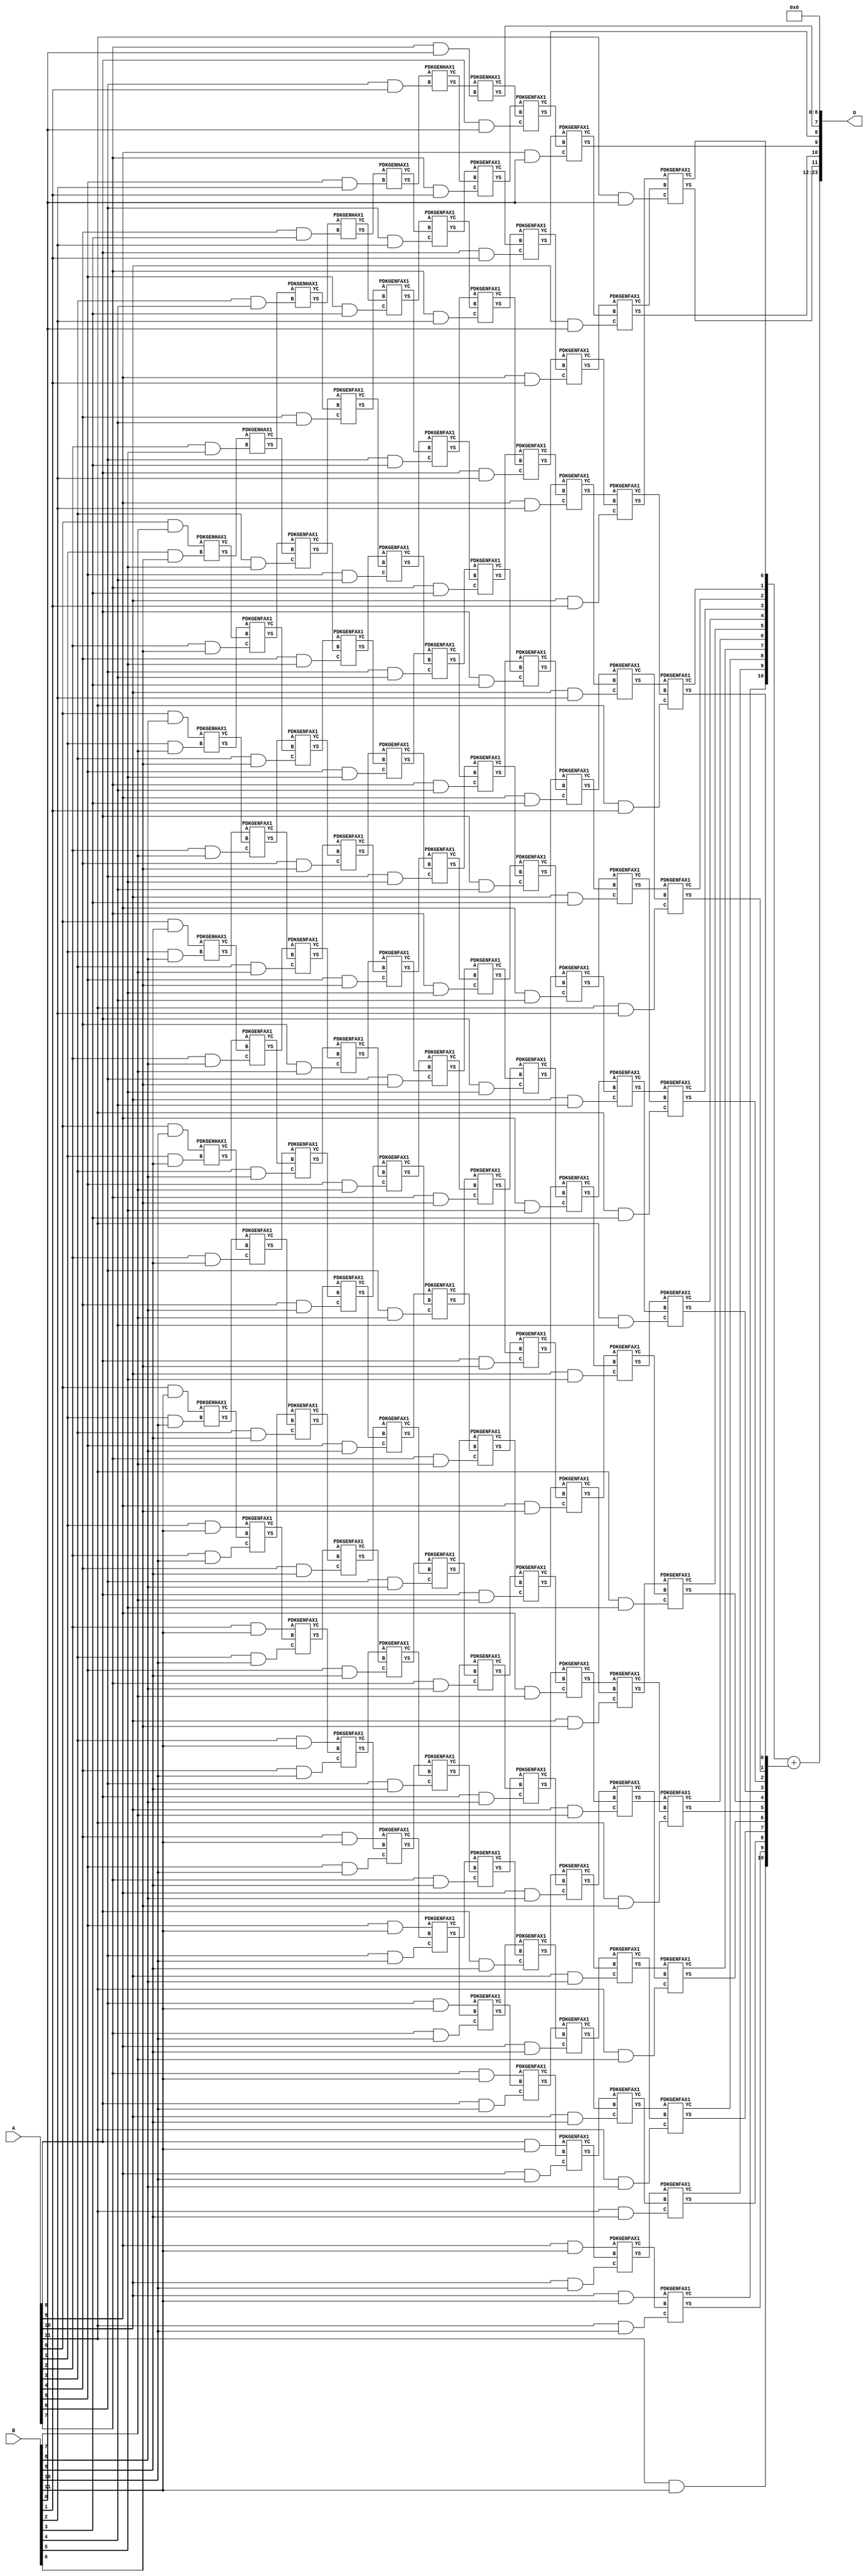
/***
* This code is a part of EvoApproxLib library (ehw.fit.vutbr.cz/approxlib) distributed under The MIT License.
* When used, please cite the following article(s): PRABAKARAN B. S., MRAZEK V., VASICEK Z., SEKANINA L., SHAFIQUE M. ApproxFPGAs: Embracing ASIC-based Approximate Arithmetic Components for FPGA-Based Systems. DAC 2020. 
***/
// MAE% = 0.0011 %
// MAE = 192 
// WCE% = 0.0046 %
// WCE = 769 
// WCRE% = 100.00 %
// EP% = 96.48 %
// MRE% = 0.057 %
// MSE = 50190 
// FPGA_POWER = 2.9
// FPGA_DELAY = 14
// FPGA_LUT = 154


module mul12u_2VU ( A, B, O );
  input [11:0] A;
  input [11:0] B;
  output [23:0] O;

  wire C_10_0,C_10_1,C_10_10,C_10_2,C_10_3,C_10_4,C_10_5,C_10_6,C_10_7,C_10_8,C_10_9,C_11_0,C_11_1,C_11_10,C_11_2,C_11_3,C_11_4,C_11_5,C_11_6,C_11_7,C_11_8,C_11_9,C_1_10,C_1_6,C_1_7,C_1_8,C_1_9,C_2_10,C_2_5,C_2_6,C_2_7,C_2_8,C_2_9,C_3_10,C_3_4,C_3_5,C_3_6,C_3_7,C_3_8,C_3_9,C_4_10,C_4_3,C_4_4,C_4_5,C_4_6,C_4_7,C_4_8,C_4_9,C_5_10,C_5_2,C_5_3,C_5_4,C_5_5,C_5_6,C_5_7,C_5_8,C_5_9,C_6_1,C_6_10,C_6_2,C_6_3,C_6_4,C_6_5,C_6_6,C_6_7,C_6_8,C_6_9,C_7_0,C_7_1,C_7_10,C_7_2,C_7_3,C_7_4,C_7_5,C_7_6,C_7_7,C_7_8,C_7_9,C_8_0,C_8_1,C_8_10,C_8_2,C_8_3,C_8_4,C_8_5,C_8_6,C_8_7,C_8_8,C_8_9,C_9_0,C_9_1,C_9_10,C_9_2,C_9_3,C_9_4,C_9_5,C_9_6,C_9_7,C_9_8,C_9_9,S_0_10,S_0_11,S_0_7,S_0_8,S_0_9,S_10_0,S_10_1,S_10_10,S_10_11,S_10_2,S_10_3,S_10_4,S_10_5,S_10_6,S_10_7,S_10_8,S_10_9,S_11_0,S_11_1,S_11_10,S_11_11,S_11_2,S_11_3,S_11_4,S_11_5,S_11_6,S_11_7,S_11_8,S_11_9,S_12_0,S_12_1,S_12_10,S_12_11,S_12_2,S_12_3,S_12_4,S_12_5,S_12_6,S_12_7,S_12_8,S_12_9,S_1_10,S_1_11,S_1_6,S_1_7,S_1_8,S_1_9,S_2_10,S_2_11,S_2_5,S_2_6,S_2_7,S_2_8,S_2_9,S_3_10,S_3_11,S_3_4,S_3_5,S_3_6,S_3_7,S_3_8,S_3_9,S_4_10,S_4_11,S_4_3,S_4_4,S_4_5,S_4_6,S_4_7,S_4_8,S_4_9,S_5_10,S_5_11,S_5_2,S_5_3,S_5_4,S_5_5,S_5_6,S_5_7,S_5_8,S_5_9,S_6_1,S_6_10,S_6_11,S_6_2,S_6_3,S_6_4,S_6_5,S_6_6,S_6_7,S_6_8,S_6_9,S_7_0,S_7_1,S_7_10,S_7_11,S_7_2,S_7_3,S_7_4,S_7_5,S_7_6,S_7_7,S_7_8,S_7_9,S_8_0,S_8_1,S_8_10,S_8_11,S_8_2,S_8_3,S_8_4,S_8_5,S_8_6,S_8_7,S_8_8,S_8_9,S_9_0,S_9_1,S_9_10,S_9_11,S_9_2,S_9_3,S_9_4,S_9_5,S_9_6,S_9_7,S_9_8,S_9_9;

  assign S_0_7 = (A[0] & B[7]);
  assign S_0_8 = (A[0] & B[8]);
  assign S_0_9 = (A[0] & B[9]);
  assign S_0_10 = (A[0] & B[10]);
  assign S_0_11 = (A[0] & B[11]);
  PDKGENHAX1 U282739 (.A(S_0_7), .B((A[1] & B[6])), .YS(S_1_6), .YC(C_1_6));
  PDKGENHAX1 U282740 (.A(S_0_8), .B((A[1] & B[7])), .YS(S_1_7), .YC(C_1_7));
  PDKGENHAX1 U282741 (.A(S_0_9), .B((A[1] & B[8])), .YS(S_1_8), .YC(C_1_8));
  PDKGENHAX1 U282742 (.A(S_0_10), .B((A[1] & B[9])), .YS(S_1_9), .YC(C_1_9));
  PDKGENHAX1 U282743 (.A(S_0_11), .B((A[1] & B[10])), .YS(S_1_10), .YC(C_1_10));
  assign S_1_11 = (A[1] & B[11]);
  PDKGENHAX1 U282750 (.A(S_1_6), .B((A[2] & B[5])), .YS(S_2_5), .YC(C_2_5));
  PDKGENFAX1 U282751 (.A(S_1_7), .B(C_1_6), .C((A[2] & B[6])), .YS(S_2_6), .YC(C_2_6));
  PDKGENFAX1 U282752 (.A(S_1_8), .B(C_1_7), .C((A[2] & B[7])), .YS(S_2_7), .YC(C_2_7));
  PDKGENFAX1 U282753 (.A(S_1_9), .B(C_1_8), .C((A[2] & B[8])), .YS(S_2_8), .YC(C_2_8));
  PDKGENFAX1 U282754 (.A(S_1_10), .B(C_1_9), .C((A[2] & B[9])), .YS(S_2_9), .YC(C_2_9));
  PDKGENFAX1 U282755 (.A(S_1_11), .B(C_1_10), .C((A[2] & B[10])), .YS(S_2_10), .YC(C_2_10));
  assign S_2_11 = (A[2] & B[11]);
  PDKGENHAX1 U282761 (.A(S_2_5), .B((A[3] & B[4])), .YS(S_3_4), .YC(C_3_4));
  PDKGENFAX1 U282762 (.A(S_2_6), .B(C_2_5), .C((A[3] & B[5])), .YS(S_3_5), .YC(C_3_5));
  PDKGENFAX1 U282763 (.A(S_2_7), .B(C_2_6), .C((A[3] & B[6])), .YS(S_3_6), .YC(C_3_6));
  PDKGENFAX1 U282764 (.A(S_2_8), .B(C_2_7), .C((A[3] & B[7])), .YS(S_3_7), .YC(C_3_7));
  PDKGENFAX1 U282765 (.A(S_2_9), .B(C_2_8), .C((A[3] & B[8])), .YS(S_3_8), .YC(C_3_8));
  PDKGENFAX1 U282766 (.A(S_2_10), .B(C_2_9), .C((A[3] & B[9])), .YS(S_3_9), .YC(C_3_9));
  PDKGENFAX1 U282767 (.A(S_2_11), .B(C_2_10), .C((A[3] & B[10])), .YS(S_3_10), .YC(C_3_10));
  assign S_3_11 = (A[3] & B[11]);
  PDKGENHAX1 U282772 (.A(S_3_4), .B((A[4] & B[3])), .YS(S_4_3), .YC(C_4_3));
  PDKGENFAX1 U282773 (.A(S_3_5), .B(C_3_4), .C((A[4] & B[4])), .YS(S_4_4), .YC(C_4_4));
  PDKGENFAX1 U282774 (.A(S_3_6), .B(C_3_5), .C((A[4] & B[5])), .YS(S_4_5), .YC(C_4_5));
  PDKGENFAX1 U282775 (.A(S_3_7), .B(C_3_6), .C((A[4] & B[6])), .YS(S_4_6), .YC(C_4_6));
  PDKGENFAX1 U282776 (.A(S_3_8), .B(C_3_7), .C((A[4] & B[7])), .YS(S_4_7), .YC(C_4_7));
  PDKGENFAX1 U282777 (.A(S_3_9), .B(C_3_8), .C((A[4] & B[8])), .YS(S_4_8), .YC(C_4_8));
  PDKGENFAX1 U282778 (.A(S_3_10), .B(C_3_9), .C((A[4] & B[9])), .YS(S_4_9), .YC(C_4_9));
  PDKGENFAX1 U282779 (.A(S_3_11), .B(C_3_10), .C((A[4] & B[10])), .YS(S_4_10), .YC(C_4_10));
  assign S_4_11 = (A[4] & B[11]);
  PDKGENHAX1 U282783 (.A(S_4_3), .B((A[5] & B[2])), .YS(S_5_2), .YC(C_5_2));
  PDKGENFAX1 U282784 (.A(S_4_4), .B(C_4_3), .C((A[5] & B[3])), .YS(S_5_3), .YC(C_5_3));
  PDKGENFAX1 U282785 (.A(S_4_5), .B(C_4_4), .C((A[5] & B[4])), .YS(S_5_4), .YC(C_5_4));
  PDKGENFAX1 U282786 (.A(S_4_6), .B(C_4_5), .C((A[5] & B[5])), .YS(S_5_5), .YC(C_5_5));
  PDKGENFAX1 U282787 (.A(S_4_7), .B(C_4_6), .C((A[5] & B[6])), .YS(S_5_6), .YC(C_5_6));
  PDKGENFAX1 U282788 (.A(S_4_8), .B(C_4_7), .C((A[5] & B[7])), .YS(S_5_7), .YC(C_5_7));
  PDKGENFAX1 U282789 (.A(S_4_9), .B(C_4_8), .C((A[5] & B[8])), .YS(S_5_8), .YC(C_5_8));
  PDKGENFAX1 U282790 (.A(S_4_10), .B(C_4_9), .C((A[5] & B[9])), .YS(S_5_9), .YC(C_5_9));
  PDKGENFAX1 U282791 (.A(S_4_11), .B(C_4_10), .C((A[5] & B[10])), .YS(S_5_10), .YC(C_5_10));
  assign S_5_11 = (A[5] & B[11]);
  PDKGENHAX1 U282794 (.A(S_5_2), .B((A[6] & B[1])), .YS(S_6_1), .YC(C_6_1));
  PDKGENFAX1 U282795 (.A(S_5_3), .B(C_5_2), .C((A[6] & B[2])), .YS(S_6_2), .YC(C_6_2));
  PDKGENFAX1 U282796 (.A(S_5_4), .B(C_5_3), .C((A[6] & B[3])), .YS(S_6_3), .YC(C_6_3));
  PDKGENFAX1 U282797 (.A(S_5_5), .B(C_5_4), .C((A[6] & B[4])), .YS(S_6_4), .YC(C_6_4));
  PDKGENFAX1 U282798 (.A(S_5_6), .B(C_5_5), .C((A[6] & B[5])), .YS(S_6_5), .YC(C_6_5));
  PDKGENFAX1 U282799 (.A(S_5_7), .B(C_5_6), .C((A[6] & B[6])), .YS(S_6_6), .YC(C_6_6));
  PDKGENFAX1 U282800 (.A(S_5_8), .B(C_5_7), .C((A[6] & B[7])), .YS(S_6_7), .YC(C_6_7));
  PDKGENFAX1 U282801 (.A(S_5_9), .B(C_5_8), .C((A[6] & B[8])), .YS(S_6_8), .YC(C_6_8));
  PDKGENFAX1 U282802 (.A(S_5_10), .B(C_5_9), .C((A[6] & B[9])), .YS(S_6_9), .YC(C_6_9));
  PDKGENFAX1 U282803 (.A(S_5_11), .B(C_5_10), .C((A[6] & B[10])), .YS(S_6_10), .YC(C_6_10));
  assign S_6_11 = (A[6] & B[11]);
  PDKGENHAX1 U282805 (.A(S_6_1), .B((A[7] & B[0])), .YS(S_7_0), .YC(C_7_0));
  PDKGENFAX1 U282806 (.A(S_6_2), .B(C_6_1), .C((A[7] & B[1])), .YS(S_7_1), .YC(C_7_1));
  PDKGENFAX1 U282807 (.A(S_6_3), .B(C_6_2), .C((A[7] & B[2])), .YS(S_7_2), .YC(C_7_2));
  PDKGENFAX1 U282808 (.A(S_6_4), .B(C_6_3), .C((A[7] & B[3])), .YS(S_7_3), .YC(C_7_3));
  PDKGENFAX1 U282809 (.A(S_6_5), .B(C_6_4), .C((A[7] & B[4])), .YS(S_7_4), .YC(C_7_4));
  PDKGENFAX1 U282810 (.A(S_6_6), .B(C_6_5), .C((A[7] & B[5])), .YS(S_7_5), .YC(C_7_5));
  PDKGENFAX1 U282811 (.A(S_6_7), .B(C_6_6), .C((A[7] & B[6])), .YS(S_7_6), .YC(C_7_6));
  PDKGENFAX1 U282812 (.A(S_6_8), .B(C_6_7), .C((A[7] & B[7])), .YS(S_7_7), .YC(C_7_7));
  PDKGENFAX1 U282813 (.A(S_6_9), .B(C_6_8), .C((A[7] & B[8])), .YS(S_7_8), .YC(C_7_8));
  PDKGENFAX1 U282814 (.A(S_6_10), .B(C_6_9), .C((A[7] & B[9])), .YS(S_7_9), .YC(C_7_9));
  PDKGENFAX1 U282815 (.A(S_6_11), .B(C_6_10), .C((A[7] & B[10])), .YS(S_7_10), .YC(C_7_10));
  assign S_7_11 = (A[7] & B[11]);
  PDKGENFAX1 U282817 (.A(S_7_1), .B(C_7_0), .C((A[8] & B[0])), .YS(S_8_0), .YC(C_8_0));
  PDKGENFAX1 U282818 (.A(S_7_2), .B(C_7_1), .C((A[8] & B[1])), .YS(S_8_1), .YC(C_8_1));
  PDKGENFAX1 U282819 (.A(S_7_3), .B(C_7_2), .C((A[8] & B[2])), .YS(S_8_2), .YC(C_8_2));
  PDKGENFAX1 U282820 (.A(S_7_4), .B(C_7_3), .C((A[8] & B[3])), .YS(S_8_3), .YC(C_8_3));
  PDKGENFAX1 U282821 (.A(S_7_5), .B(C_7_4), .C((A[8] & B[4])), .YS(S_8_4), .YC(C_8_4));
  PDKGENFAX1 U282822 (.A(S_7_6), .B(C_7_5), .C((A[8] & B[5])), .YS(S_8_5), .YC(C_8_5));
  PDKGENFAX1 U282823 (.A(S_7_7), .B(C_7_6), .C((A[8] & B[6])), .YS(S_8_6), .YC(C_8_6));
  PDKGENFAX1 U282824 (.A(S_7_8), .B(C_7_7), .C((A[8] & B[7])), .YS(S_8_7), .YC(C_8_7));
  PDKGENFAX1 U282825 (.A(S_7_9), .B(C_7_8), .C((A[8] & B[8])), .YS(S_8_8), .YC(C_8_8));
  PDKGENFAX1 U282826 (.A(S_7_10), .B(C_7_9), .C((A[8] & B[9])), .YS(S_8_9), .YC(C_8_9));
  PDKGENFAX1 U282827 (.A(S_7_11), .B(C_7_10), .C((A[8] & B[10])), .YS(S_8_10), .YC(C_8_10));
  assign S_8_11 = (A[8] & B[11]);
  PDKGENFAX1 U282829 (.A(S_8_1), .B(C_8_0), .C((A[9] & B[0])), .YS(S_9_0), .YC(C_9_0));
  PDKGENFAX1 U282830 (.A(S_8_2), .B(C_8_1), .C((A[9] & B[1])), .YS(S_9_1), .YC(C_9_1));
  PDKGENFAX1 U282831 (.A(S_8_3), .B(C_8_2), .C((A[9] & B[2])), .YS(S_9_2), .YC(C_9_2));
  PDKGENFAX1 U282832 (.A(S_8_4), .B(C_8_3), .C((A[9] & B[3])), .YS(S_9_3), .YC(C_9_3));
  PDKGENFAX1 U282833 (.A(S_8_5), .B(C_8_4), .C((A[9] & B[4])), .YS(S_9_4), .YC(C_9_4));
  PDKGENFAX1 U282834 (.A(S_8_6), .B(C_8_5), .C((A[9] & B[5])), .YS(S_9_5), .YC(C_9_5));
  PDKGENFAX1 U282835 (.A(S_8_7), .B(C_8_6), .C((A[9] & B[6])), .YS(S_9_6), .YC(C_9_6));
  PDKGENFAX1 U282836 (.A(S_8_8), .B(C_8_7), .C((A[9] & B[7])), .YS(S_9_7), .YC(C_9_7));
  PDKGENFAX1 U282837 (.A(S_8_9), .B(C_8_8), .C((A[9] & B[8])), .YS(S_9_8), .YC(C_9_8));
  PDKGENFAX1 U282838 (.A(S_8_10), .B(C_8_9), .C((A[9] & B[9])), .YS(S_9_9), .YC(C_9_9));
  PDKGENFAX1 U282839 (.A(S_8_11), .B(C_8_10), .C((A[9] & B[10])), .YS(S_9_10), .YC(C_9_10));
  assign S_9_11 = (A[9] & B[11]);
  PDKGENFAX1 U282841 (.A(S_9_1), .B(C_9_0), .C((A[10] & B[0])), .YS(S_10_0), .YC(C_10_0));
  PDKGENFAX1 U282842 (.A(S_9_2), .B(C_9_1), .C((A[10] & B[1])), .YS(S_10_1), .YC(C_10_1));
  PDKGENFAX1 U282843 (.A(S_9_3), .B(C_9_2), .C((A[10] & B[2])), .YS(S_10_2), .YC(C_10_2));
  PDKGENFAX1 U282844 (.A(S_9_4), .B(C_9_3), .C((A[10] & B[3])), .YS(S_10_3), .YC(C_10_3));
  PDKGENFAX1 U282845 (.A(S_9_5), .B(C_9_4), .C((A[10] & B[4])), .YS(S_10_4), .YC(C_10_4));
  PDKGENFAX1 U282846 (.A(S_9_6), .B(C_9_5), .C((A[10] & B[5])), .YS(S_10_5), .YC(C_10_5));
  PDKGENFAX1 U282847 (.A(S_9_7), .B(C_9_6), .C((A[10] & B[6])), .YS(S_10_6), .YC(C_10_6));
  PDKGENFAX1 U282848 (.A(S_9_8), .B(C_9_7), .C((A[10] & B[7])), .YS(S_10_7), .YC(C_10_7));
  PDKGENFAX1 U282849 (.A(S_9_9), .B(C_9_8), .C((A[10] & B[8])), .YS(S_10_8), .YC(C_10_8));
  PDKGENFAX1 U282850 (.A(S_9_10), .B(C_9_9), .C((A[10] & B[9])), .YS(S_10_9), .YC(C_10_9));
  PDKGENFAX1 U282851 (.A(S_9_11), .B(C_9_10), .C((A[10] & B[10])), .YS(S_10_10), .YC(C_10_10));
  assign S_10_11 = (A[10] & B[11]);
  PDKGENFAX1 U282853 (.A(S_10_1), .B(C_10_0), .C((A[11] & B[0])), .YS(S_11_0), .YC(C_11_0));
  PDKGENFAX1 U282854 (.A(S_10_2), .B(C_10_1), .C((A[11] & B[1])), .YS(S_11_1), .YC(C_11_1));
  PDKGENFAX1 U282855 (.A(S_10_3), .B(C_10_2), .C((A[11] & B[2])), .YS(S_11_2), .YC(C_11_2));
  PDKGENFAX1 U282856 (.A(S_10_4), .B(C_10_3), .C((A[11] & B[3])), .YS(S_11_3), .YC(C_11_3));
  PDKGENFAX1 U282857 (.A(S_10_5), .B(C_10_4), .C((A[11] & B[4])), .YS(S_11_4), .YC(C_11_4));
  PDKGENFAX1 U282858 (.A(S_10_6), .B(C_10_5), .C((A[11] & B[5])), .YS(S_11_5), .YC(C_11_5));
  PDKGENFAX1 U282859 (.A(S_10_7), .B(C_10_6), .C((A[11] & B[6])), .YS(S_11_6), .YC(C_11_6));
  PDKGENFAX1 U282860 (.A(S_10_8), .B(C_10_7), .C((A[11] & B[7])), .YS(S_11_7), .YC(C_11_7));
  PDKGENFAX1 U282861 (.A(S_10_9), .B(C_10_8), .C((A[11] & B[8])), .YS(S_11_8), .YC(C_11_8));
  PDKGENFAX1 U282862 (.A(S_10_10), .B(C_10_9), .C((A[11] & B[9])), .YS(S_11_9), .YC(C_11_9));
  PDKGENFAX1 U282863 (.A(S_10_11), .B(C_10_10), .C((A[11] & B[10])), .YS(S_11_10), .YC(C_11_10));
  assign S_11_11 = (A[11] & B[11]);
  assign {S_12_11, S_12_10, S_12_9, S_12_8, S_12_7, S_12_6, S_12_5, S_12_4, S_12_3, S_12_2, S_12_1, S_12_0} = {C_11_10, C_11_9, C_11_8, C_11_7, C_11_6, C_11_5, C_11_4, C_11_3, C_11_2, C_11_1, C_11_0} + {S_11_11, S_11_10, S_11_9, S_11_8, S_11_7, S_11_6, S_11_5, S_11_4, S_11_3, S_11_2, S_11_1};
  assign O = {S_12_11,S_12_10,S_12_9,S_12_8,S_12_7,S_12_6,S_12_5,S_12_4,S_12_3,S_12_2,S_12_1,S_12_0,S_11_0,S_10_0,S_9_0,S_8_0,S_7_0,1'b0,1'b0,1'b0,1'b0,1'b0,1'b0,1'b0};

endmodule

/* mod */
module PDKGENHAX1( input A, input B, output YS, output YC );
    assign YS = A ^ B;
    assign YC = A & B;
endmodule
/* mod */
module PDKGENFAX1( input A, input B, input C, output YS, output YC );
    assign YS = (A ^ B) ^ C;
    assign YC = (A & B) | (B & C) | (A & C);
endmodule